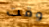
وقت